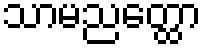
သာမညတ္ထော